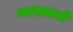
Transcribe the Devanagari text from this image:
व्यख्यानों